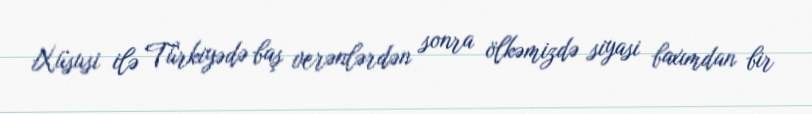
Xüsusi ilə Türkiyədə baş verənlərdən sonra ölkəmizdə siyasi baxımdan bir